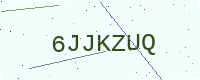
Text: 6JJKZUQ